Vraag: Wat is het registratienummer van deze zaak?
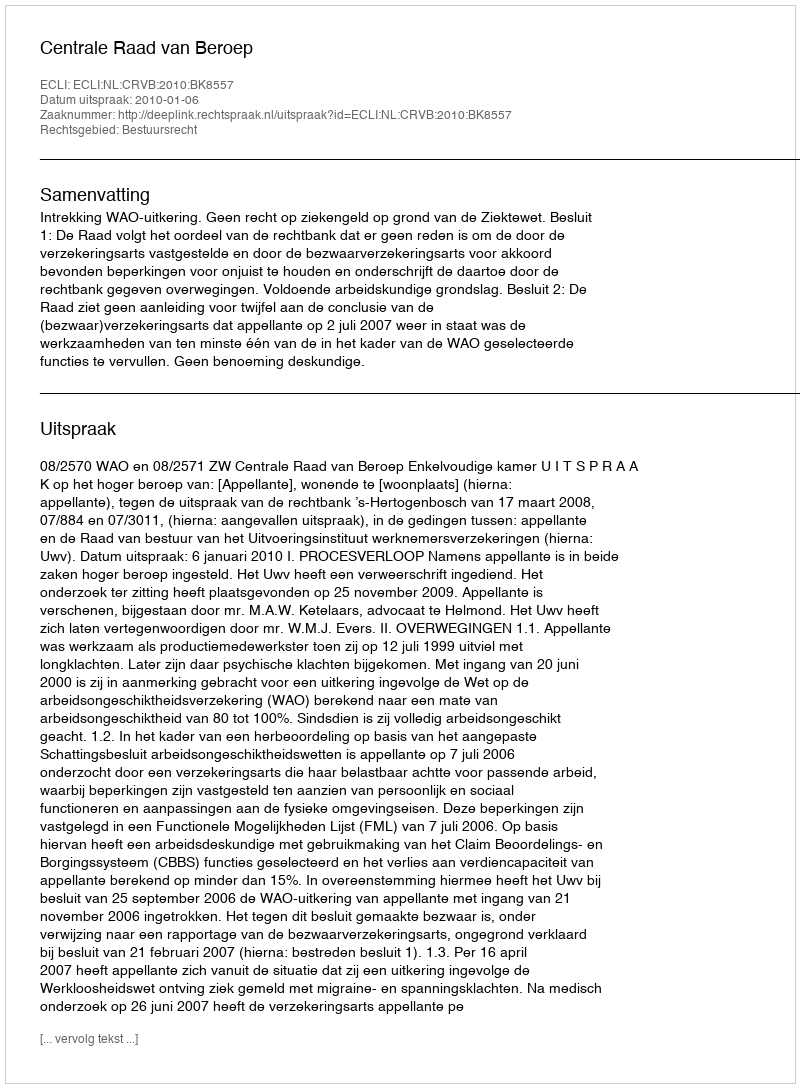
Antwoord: http://deeplink.rechtspraak.nl/uitspraak?id=ECLI:NL:CRVB:2010:BK8557